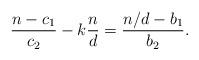
LaTeX: \begin{align*}\frac{n-c_1}{c_2} - k \frac{n}{d} = \frac{n/d - b_1}{b_2}.\end{align*}